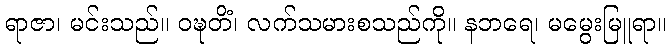
ရာဇာ၊ မင်းသည်။ ဝဍ္ဎတိံ၊ လက်သမားစသည်ကို။ နဘရေ၊ မမွေးမြူရာ။